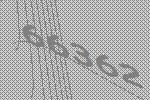
66362